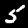
Label: 5